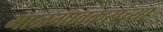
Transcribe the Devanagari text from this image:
माळगावकरांच्या